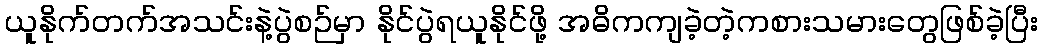
ယူနိုက်တက်အသင်းနဲ့ပွဲစဉ်မှာ နိုင်ပွဲရယူနိုင်ဖို့ အဓိကကျခဲ့တဲ့ကစားသမားတွေဖြစ်ခဲ့ပြီး